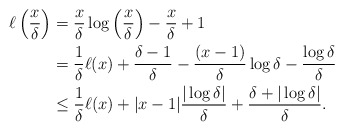
\begin{align*}\ell \left( \frac{x}{\delta }\right) & =\frac{x}{\delta }\log \left( \frac{x}{\delta }\right) -\frac{x}{\delta }+1 \\& =\frac{1}{\delta }\ell (x)+\frac{\delta -1}{\delta }-\frac{(x-1)}{\delta }\log \delta -\frac{\log \delta }{\delta } \\& \leq \frac{1}{\delta }\ell (x)+|x-1|\frac{|\log \delta |}{\delta }+\frac{\delta +|\log \delta |}{\delta }. \end{align*}